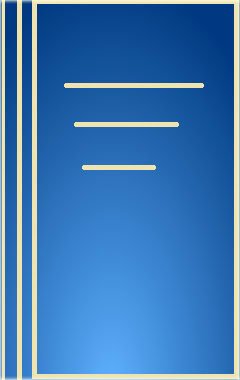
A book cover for Better Health With Self-Hypnosis; Frank S. Caprio; Health, Fitness & Dieting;